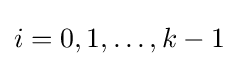
i=0,1,\dots ,k-1